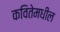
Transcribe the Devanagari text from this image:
कवितेमधील